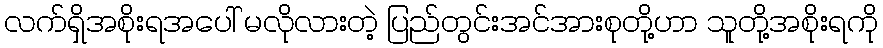
လက်ရှိအစိုးရအပေါ် မလိုလားတဲ့ ပြည်တွင်းအင်အားစုတို့ဟာ သူတို့အစိုးရကို